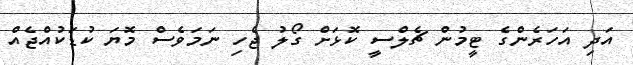
އަދި އަހަރެންގެ ޓީމުން ޗެލްސީ ކޮޅަށް ގޯލު ޖެހި ނަމަވެސް މޮޔަ ކުޑަކުއްޖެއް